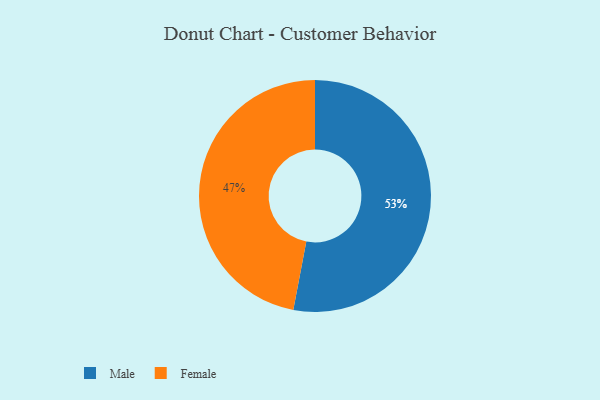
{"axis": {"x": "Category", "y": "Percentage"}, "legend": ["Female", "Male"], "data": [{"x": "Male", "y": 53, "type": "Male"}, {"x": "Female", "y": 47, "type": "Female"}]}